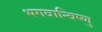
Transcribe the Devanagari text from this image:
भगवान्विष्णु